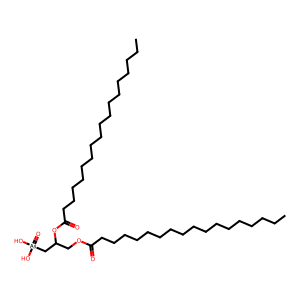
SMILES: CCCCCCCCCCCCCCCCCC(=O)OCC(C[As](=O)(O)O)OC(=O)CCCCCCCCCCCCCCCCC
Inhibits HIV replication: No